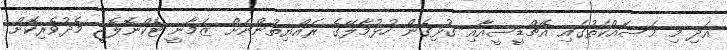
އަދި މި މަސައްކަތުގައި އެޗްޑީސީއާއި ގުޅިގެން ހުޅުމާލޭގެ ރައްޔިތުންނަށް ޒަމާނީ ޓެކްނޮލޮޖީ މެދުވެރިކޮށް